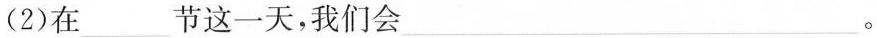
(2)在___节这一天，我们会___。